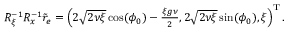
\begin{array} { r } { R _ { \xi } ^ { - 1 } R _ { x } ^ { - 1 } \tilde { r } _ { e } = \left( 2 \sqrt { 2 \nu \xi } \cos ( \phi _ { 0 } ) - \frac { \xi g \nu } { 2 } , 2 \sqrt { 2 \nu \xi } \sin ( \phi _ { 0 } ) , \xi \right) ^ { \mathrm { T } } . } \end{array}